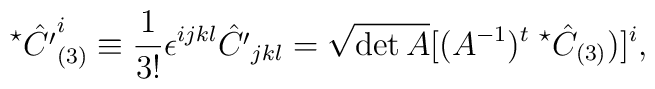
^\star\hat{C'}_{(3)}^i \equiv\frac{1}{3!}\epsilon^{ijkl} \hat{C'}_{jkl}=\sqrt{\det A}[(A^{-1})^{t}\;^{\star}\hat{C}_{(3)})]^{i},